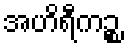
အဟိရီကဉ္စ